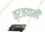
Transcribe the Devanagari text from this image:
व्रजयानी